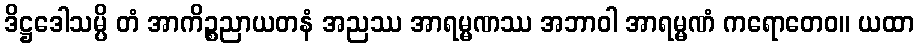
ဒိဋ္ဌဒေါသမ္ပိ တံ အာကိဉ္စညာယတနံ အညဿ အာရမ္မဏဿ အဘာဝါ အာရမ္မဏံ ကရောတေဝ။ ယထာ